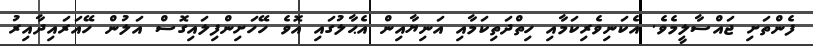
ފެންތަށި ޖައްސާލީމެވެ. އެކަނިވެރިކަމާއި ހިތްދަތިކަމާއި އަނިޔާއިން އެޙާލުގައި އޮވެ ހޭހަށިންފިލައިގޮސް އަލުން ހޭއަރައިދާއިރު